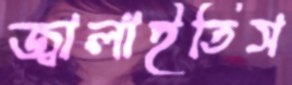
জ্বালাইতিস